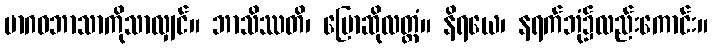
မာဂဓဘာသာကိုသာလျှင်။ ဘာသိဿတိ၊ ပြောဆိုလတ္တံ။ နိရယေ၊ နရက်ဘုံ၌လည်းကောင်း။